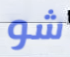
شو